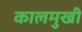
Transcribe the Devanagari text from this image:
कालमुखी